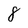
Character: 8